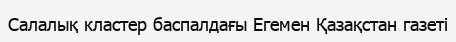
Салалық кластер баспалдағы Егемен Қазақстан газеті